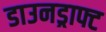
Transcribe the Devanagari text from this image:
डाउनड्राफ्ट